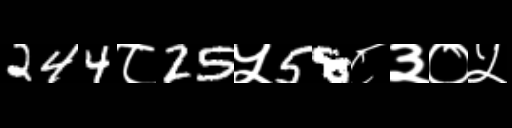
Text: 244८25५58८३०५